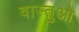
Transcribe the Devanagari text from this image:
वास्तुओ